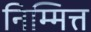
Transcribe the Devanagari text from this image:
निम्मित्त